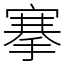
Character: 搴